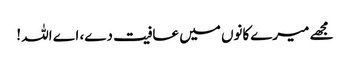
مجھے میرےکانوں میں عافیت دے، اے اللہ !